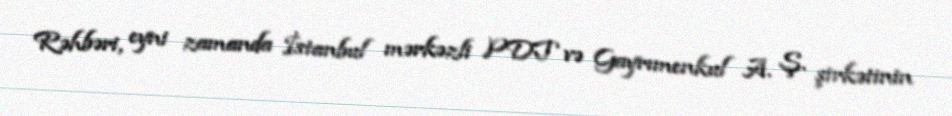
Rəhbəri, eyni zamanda İstanbul mərkəzli PDT və Gayrımenkul A. Ş. şirkətinin